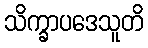
သိက္ခာပဒေသူတိ